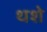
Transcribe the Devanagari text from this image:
थशे